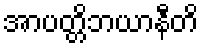
အာပတ္တိဘယာနီတိ